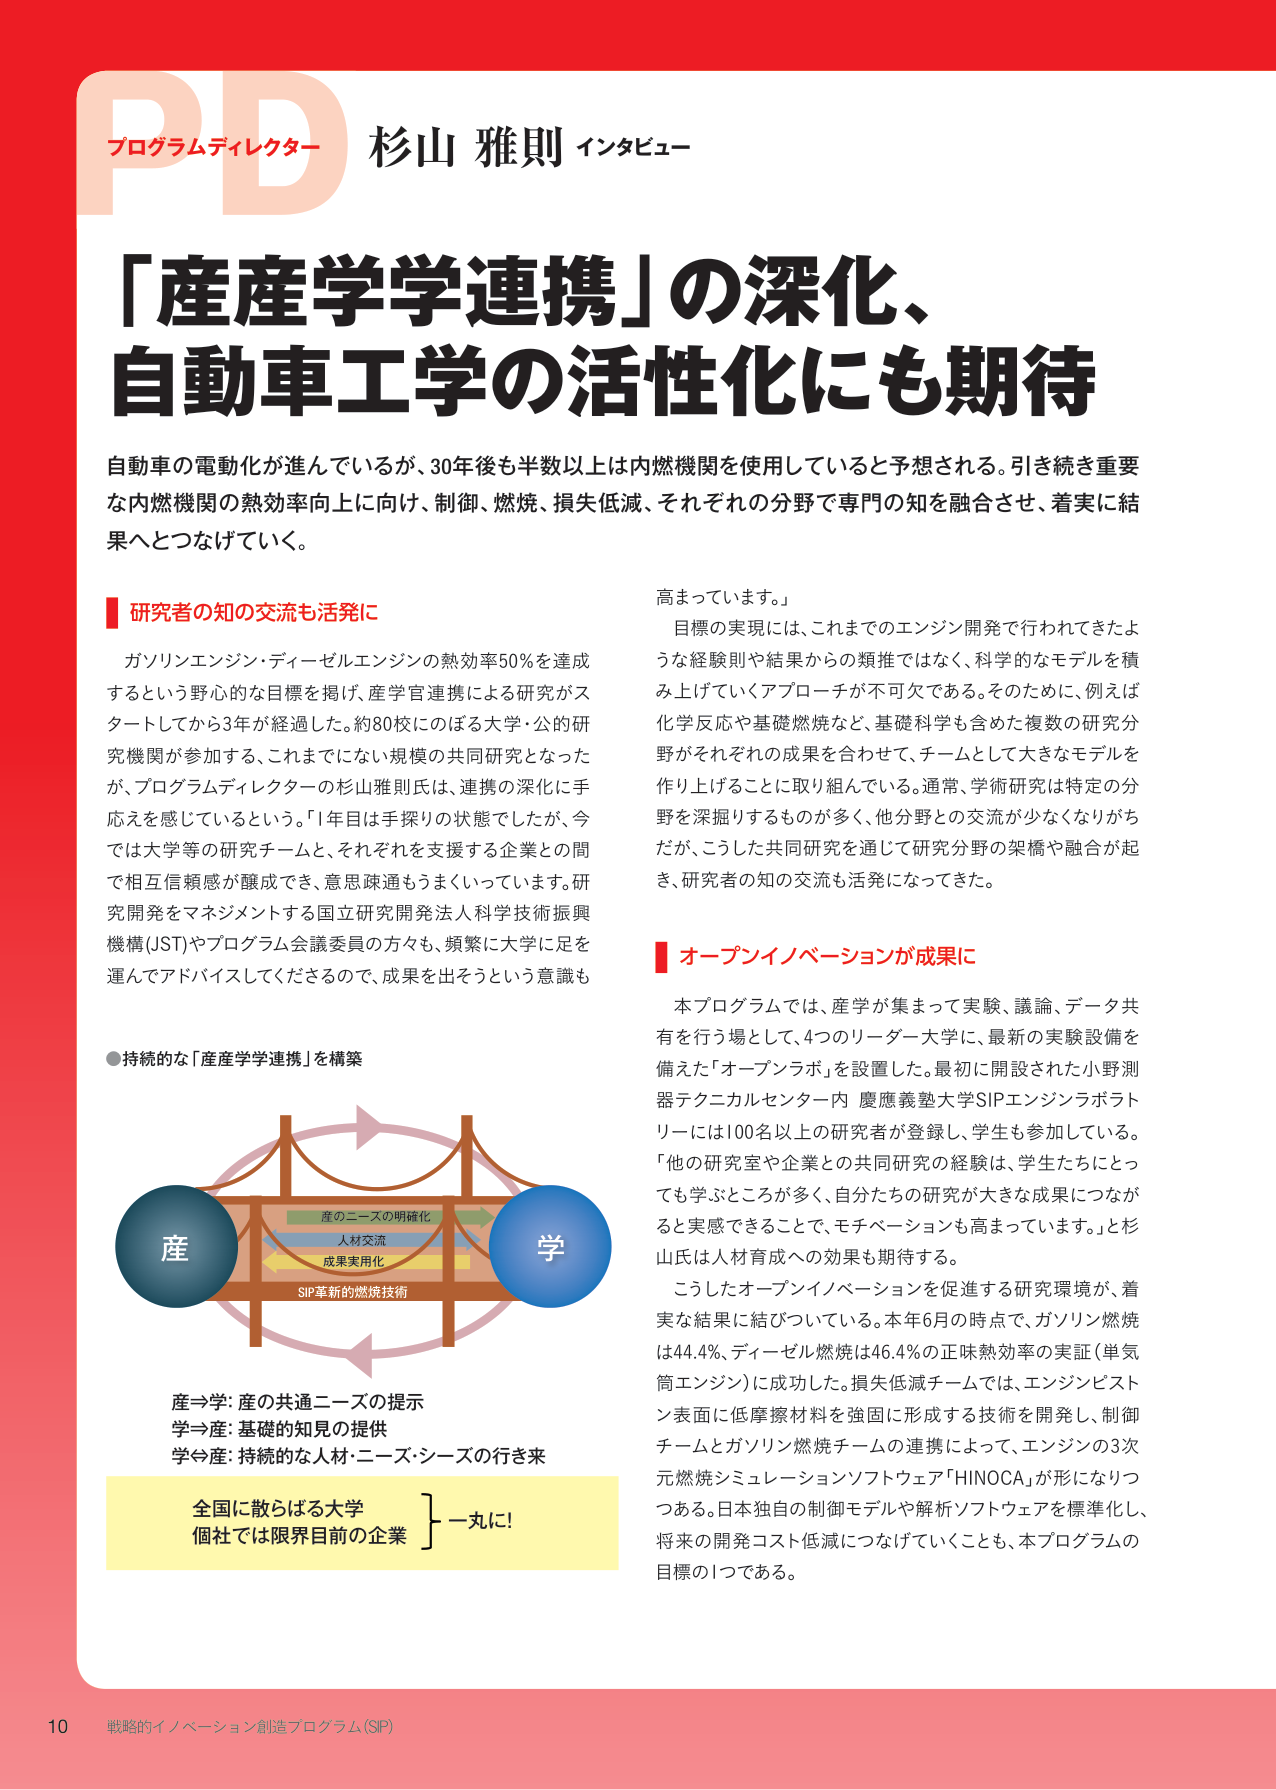
PD
プログラムディレクター 杉山 雅則 インタビュー

「産産学学連携」の深化、
自動車工学の活性化にも期待

自動車の電動化が進んでいるが、30年後も半数以上は内燃機関を使用していると予想される。引き続き重要な内燃機関の熱効率向上に向け、制御、燃焼、損失低減、それぞれの分野で専門の知を融合させ、着実に結果へとつなげていく。

■ 研究者の知の交流も活発に

ガソリンエンジン・ディーゼルエンジンの熱効率50％を達成するという野心的な目標を掲げ、産学官連携による研究がスタートしてから3年が経過した。約80校にのぼる大学・公的研究機関が参加する、これまでにない規模の共同研究となったが、プログラムディレクターの杉山雅則氏は、連携の深化に手応えを感じているという。「1年目は手探りの状態でしたが、今では大学等の研究チームと、それぞれを支援する企業との間で相互信頼感が醸成でき、意思疎通もうまくいっています。研究開発をマネジメントする国立研究開発法人科学技術振興機構（JST）やプログラム会議委員の方々も、頻繁に大学に足を運んでアドバイスしてくださるので、成果を出そうという意識も高まっています。」

目標の実現には、これまでのエンジン開発で行われてきたような経験則や結果からの類推ではなく、科学的なモデルを積み上げていくアプローチが不可欠である。そのために、例えば化学反応や基礎燃焼など、基礎科学も含めた複数の研究分野がそれぞれの成果を合わせて、チームとして大きなモデルを作り上げることに取り組んでいる。通常、学術研究は特定の分野を深掘りするものが多く、他分野との交流が少なくなりがちだが、こうした共同研究を通じて研究分野の架橋や融合が起き、研究者の知の交流も活発になってきた。

■ オープンイノベーションが成果に

本プログラムでは、産学が集まって実験、議論、データ共有を行う場として、4つのリーダー大学に、最新の実験設備を備えた「オープンラボ」を設置した。最初に開設された小野測器テクニカルセンター内 慶應義塾大学SIPエンジンラボトリーには100名以上の研究者が登録し、学生も参加している。「他の研究室や企業との共同研究の経験は、学生たちにとっても学ぶところが多く、自分たちの研究が大きな成果につながると実感できることで、モチベーションも高まっています。」と杉山氏は人材育成への効果も期待する。

こうしたオープンイノベーションを促進する研究環境が、着実な結果に結びついている。本年6月の時点で、ガソリン燃焼は44.4％、ディーゼル燃焼は46.4％の正味熱効率の実証（単気筒エンジン）に成功した。損失低減チームでは、エンジンピストン表面に低摩擦材料を強固に形成する技術を開発し、制御チームとガソリン燃焼チームの連携によって、エンジンの3次元燃焼シミュレーションソフトウェア「HINOCA」が形になりつつある。日本独自の制御モデルや解析ソフトウェアを標準化し、将来の開発コスト低減につなげていくことも、本プログラムの目標の1つである。

● 持続的な「産産学学連携」を構築

産
学
産のニーズの明確化
人材交流
成果実用化
SIP革新的燃焼技術

産⇒学：産の共通ニーズの提示
学⇒産：基礎的知見の提供
学⇔産：持続的な人材・ニーズ・シーズの行き来

全国に散らばる大学
個社では限界目前の企業
} 一丸に！

10 戦略的イノベーション創造プログラム（SIP）